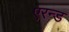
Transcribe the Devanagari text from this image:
एरन्ड